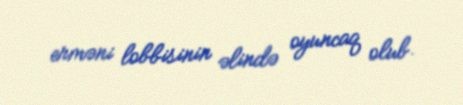
erməni lobbisinin əlində oyuncaq olub.